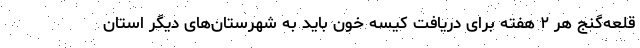
قلعه‌گنج هر ۲ هفته برای دریافت کیسه خون باید به شهرستان‌های دیگر استان